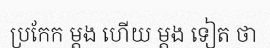
ប្រកែក ម្តង ហើយ ម្តង ទៀត ថា